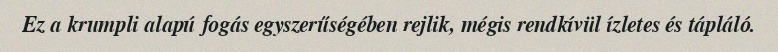
Ez a krumpli alapú fogás egyszerűségében rejlik, mégis rendkívül ízletes és tápláló.